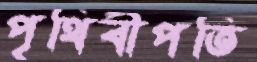
পৃথিবীপতি